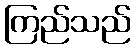
ကြည်သည်